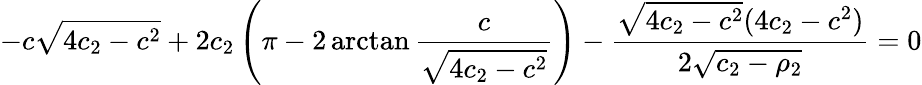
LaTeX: -c\sqrt{4c_{2}-c^{2}}+2c_{2}\left(\pi-2\arctan\frac{c}{\sqrt{4c_{2}-c^{2}}}\right)-\frac{\sqrt{4c_{2}-c^{2}}(4c_{2}-c^{2})}{2\sqrt{c_{2}-\rho_{2}}}=0